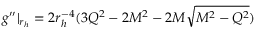
g ^ { \prime \prime } | _ { r _ { h } } = 2 r _ { h } ^ { - 4 } ( 3 Q ^ { 2 } - 2 M ^ { 2 } - 2 M \sqrt { M ^ { 2 } - Q ^ { 2 } } )